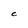
Character: C